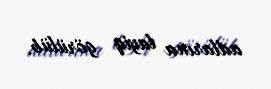
adlarına layiq görülüb.